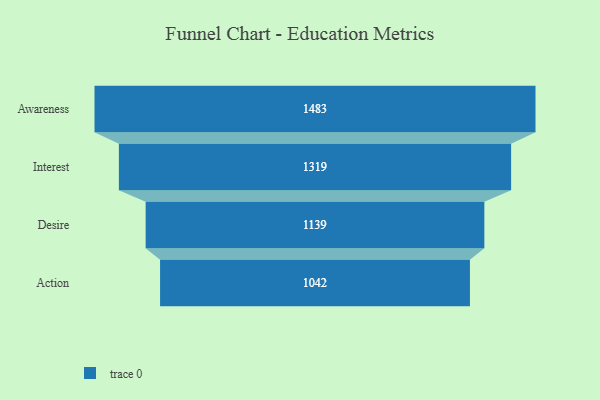
{"axis": {"x": "Stage", "y": "Value"}, "legend": [""], "data": [{"x": "Awareness", "y": 1483.0, "type": ""}, {"x": "Interest", "y": 1319.0, "type": ""}, {"x": "Desire", "y": 1139.0, "type": ""}, {"x": "Action", "y": 1042.0, "type": ""}]}